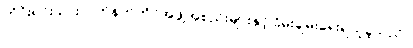
တိုင်းရင်းသားလက်နက်ကိုင်အဖွဲ့အစည်းများနှင့်ငြိမ်းချမ်းရေးရယူခဲ့သည်။